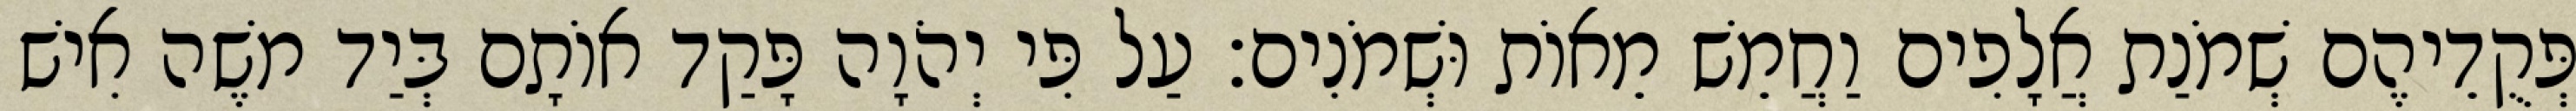
פְּקֻדֵיהֶם שְׁמֹנַת אֲלָפִים וַחֲמֵשׁ מֵאוֹת וּשְׁמֹנִים׃ עַל פִּי יְהֹוָה פָּקַד אוֹתָם בְּיַד משֶׁה אִישׁ